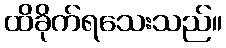
ထိခိုက်ရသေးသည်။